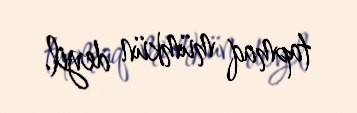
tapmaq mümkün deyil.